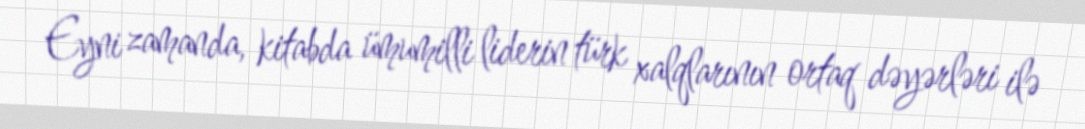
Eyni zamanda, kitabda ümumilli liderin türk xalqlarının ortaq dəyərləri ilə